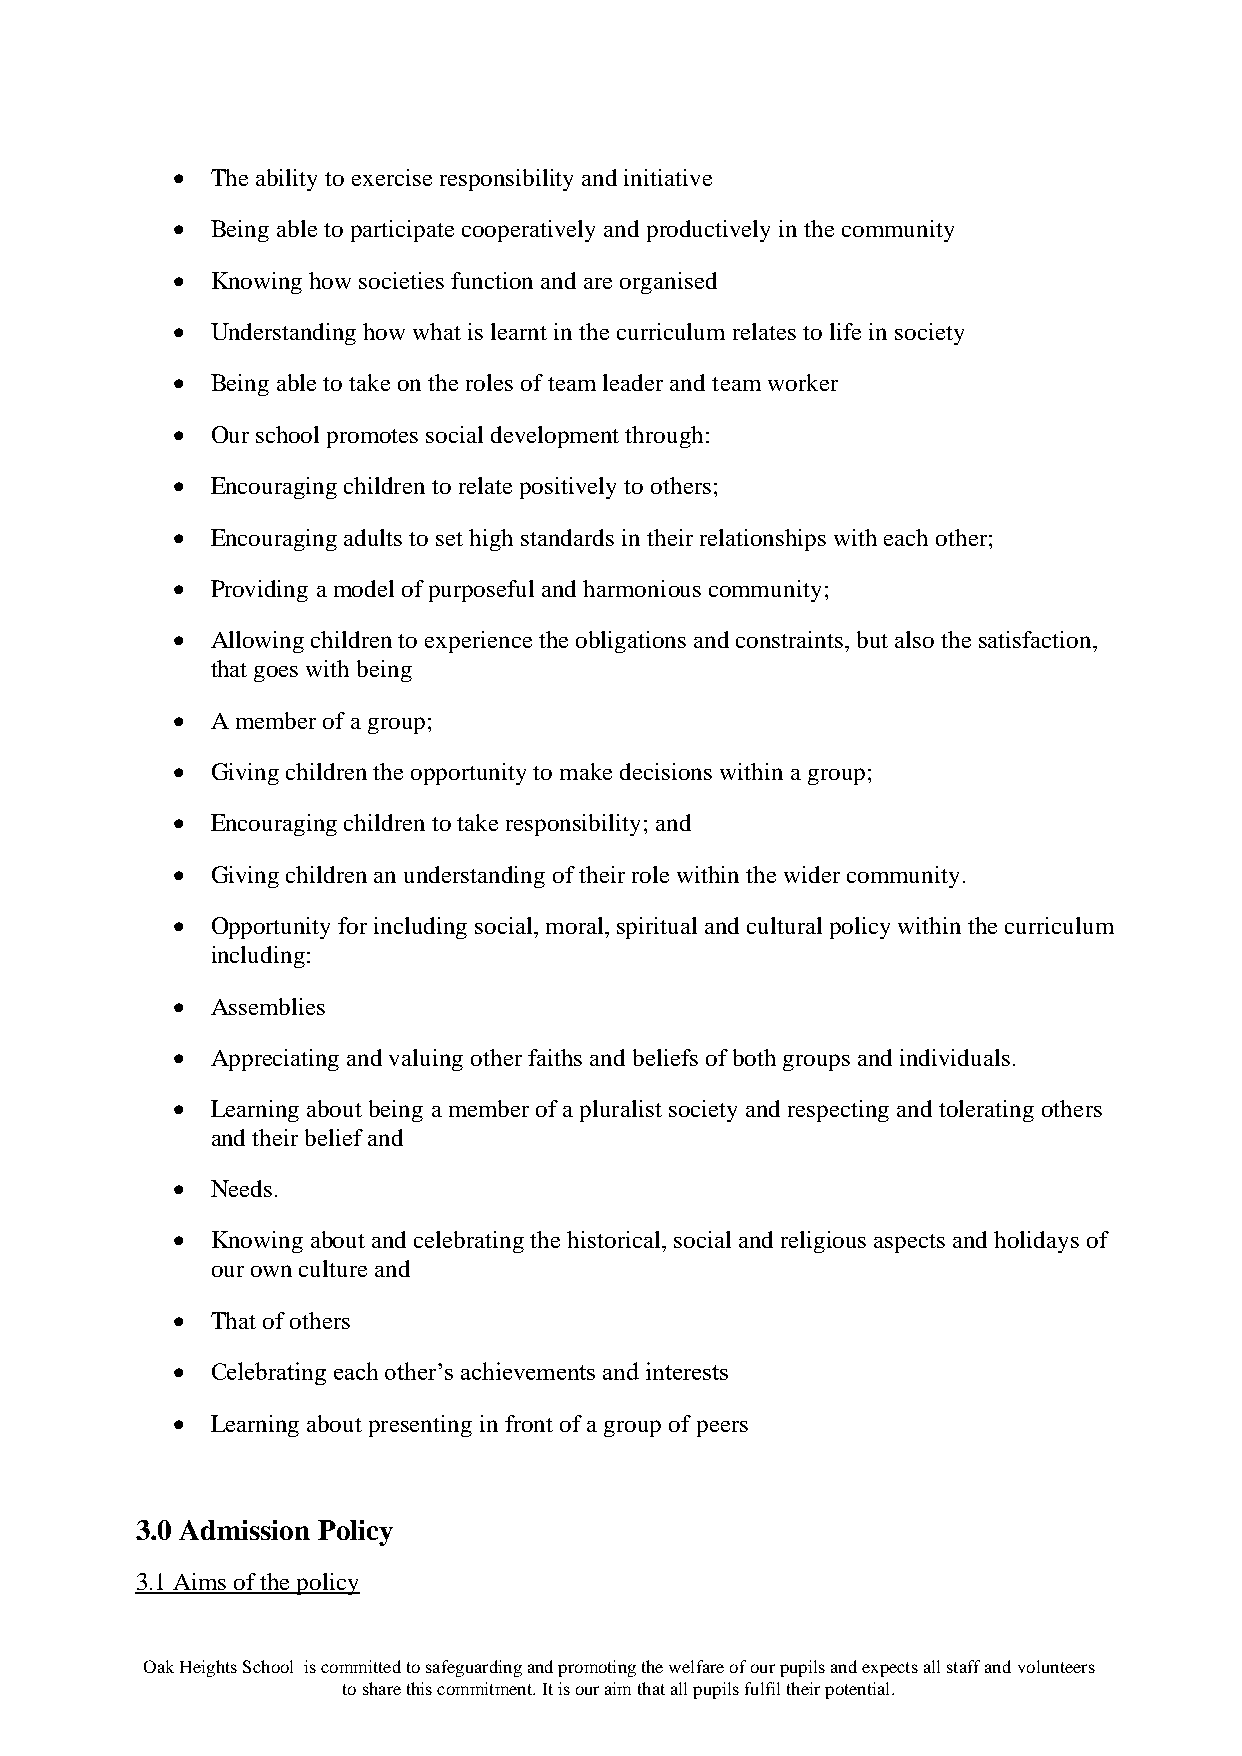
•  The ability to exercise responsibility and initiative
 •  Being able to participate cooperatively and productively in the community
 •  Knowing how societies function and are organised
 •  Understanding how what is learnt in the curriculum relates to life in society
 •  Being able to take on the roles of team leader and team worker
 •  Our school promotes social development through:
 •  Encouraging children to relate positively to others;
 •  Encouraging adults to set high standards in their relationships with each other;
 •  Providing a model of purposeful and harmonious community;
 •  Allowing children to experience the obligations and constraints, but also the satisfaction,
 that goes with being
 •  A member of a group;
 •  Giving children the opportunity to make decisions within a group;
 •  Encouraging children to take responsibility; and
 •  Giving children an understanding of their role within the wider community.
 •  Opportunity for including social, moral, spiritual and cultural policy within the curriculum
 including:
 •  Assemblies
 •  Appreciating and valuing other faiths and beliefs of both groups and individuals.
 •  Learning about being a member of a pluralist society and respecting and tolerating others
 and their belief and
 •  Needs.
 •  Knowing about and celebrating the historical, social and religious aspects and holidays of
 our own culture and
 •  That of others
 •  Celebrating each other’s achievements and interests
 •  Learning about presenting in front of a group of peers
 3.0 Admission Policy
 3.1 Aims of the policy
 Oak Heights School is committed to safeguarding and promoting the welfare of our pupils and expects all staff and volunteers
 to share this commitment. It is our aim that all pupils fulfil their potential.